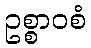
ဥစ္စာဝစံ